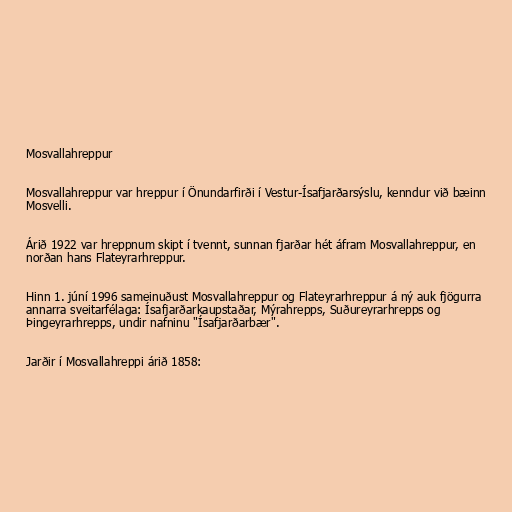
Mosvallahreppur

Mosvallahreppur var hreppur í Önundarfirði í Vestur-Ísafjarðarsýslu, kenndur við bæinn
Mosvelli.

Árið 1922 var hreppnum skipt í tvennt, sunnan fjarðar hét áfram Mosvallahreppur, en
norðan hans Flateyrarhreppur.

Hinn 1. júní 1996 sameinuðust Mosvallahreppur og Flateyrarhreppur á ný auk fjögurra
annarra sveitarfélaga: Ísafjarðarkaupstaðar, Mýrahrepps, Suðureyrarhrepps og
Þingeyrarhrepps, undir nafninu "Ísafjarðarbær".

Jarðir í Mosvallahreppi árið 1858: